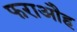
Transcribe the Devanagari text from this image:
फराऔह